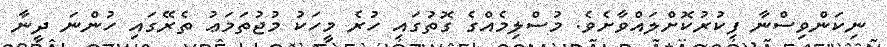
ނިކަންވިސްނާ ފިކުރުކޮށްލައްވާށެވެ. މުސްލިމެއްގެ ގޮތުގައި ހުރެ މީހަކު މުޖުތަމަޢު ތެރޭގައި ހުންނަ ދީނާ